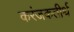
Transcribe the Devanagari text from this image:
करंजकतीर्थ